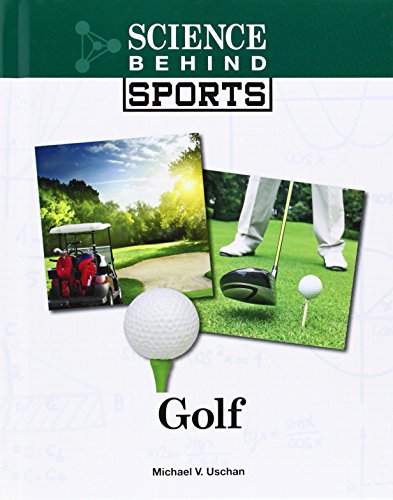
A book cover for Golf (Science Behind Sports); Michael V. Uschan; Teen & Young Adult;